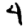
Digit: 4